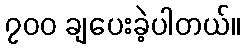
၇၀၀ ချပေးခဲ့ပါတယ်။